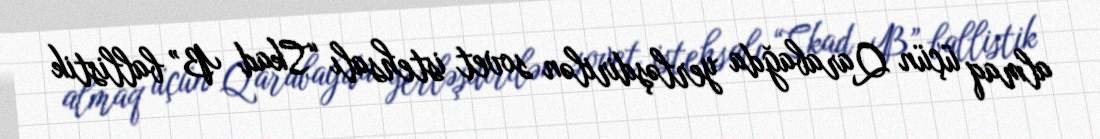
almaq üçün Qarabağda yerləşdirilən sovet istehsalı “Skad B” ballistik